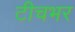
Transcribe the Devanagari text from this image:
टीचभर